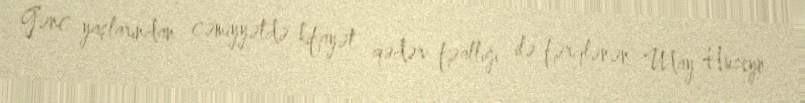
Gənc yaşlarından cəmiyyətdə kifayət qədər fəallığı ilə fərqlənən Uday Hüseyn